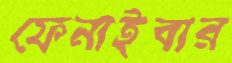
ফেনাইবার